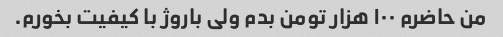
من حاضرم ۱۰۰ هزار تومن بدم ولی باروژ با کیفیت بخورم.